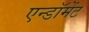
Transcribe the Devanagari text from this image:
एन्‍डॉमेंट